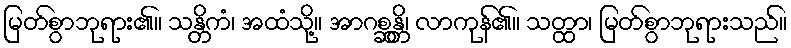
မြတ်စွာဘုရား၏။ သန္တိကံ၊ အထံသို့။ အာဂစ္ဆန္တိ၊ လာကုန်၏။ သတ္ထာ၊ မြတ်စွာဘုရားသည်။